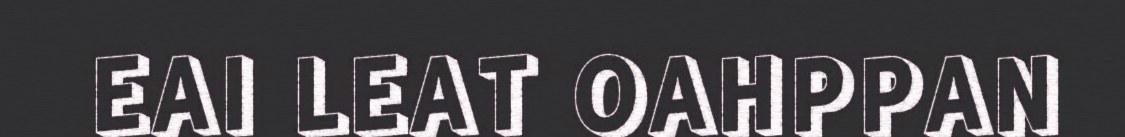
EAI LEAT OAHPPAN